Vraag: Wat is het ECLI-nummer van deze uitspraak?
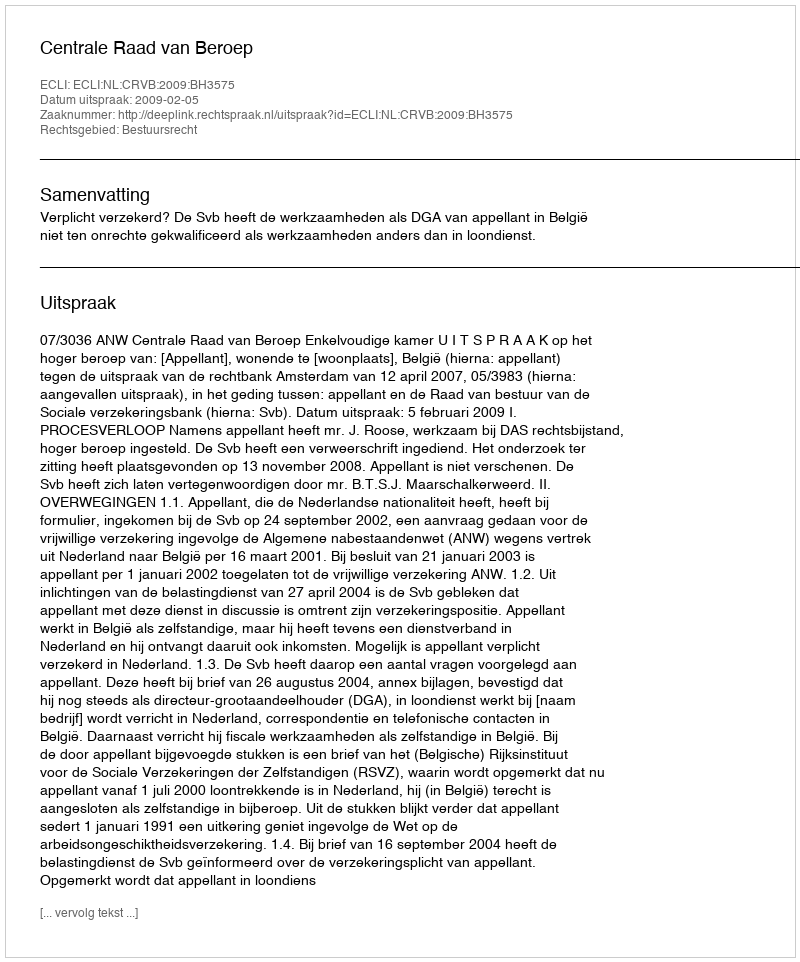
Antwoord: ECLI:NL:CRVB:2009:BH3575